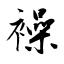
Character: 襙